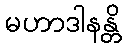
မဟာဒါနန္တိ